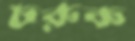
চরুক